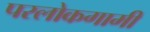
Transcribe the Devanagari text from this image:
परलोकगामी